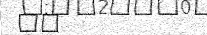
٨٤